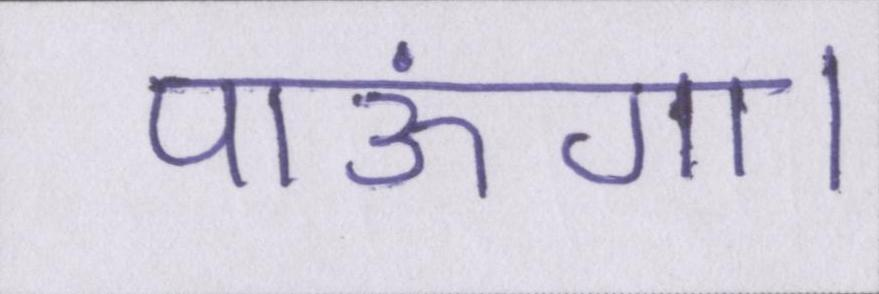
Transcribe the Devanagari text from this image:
पाऊंगा।